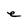
Character: e